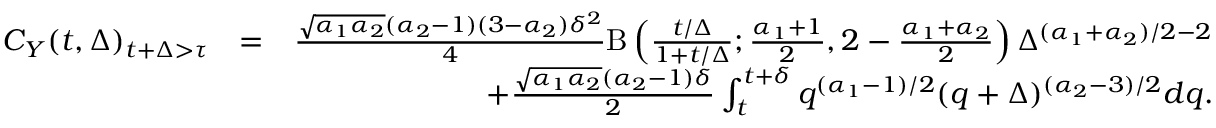
\begin{array} { r l r } { C _ { Y } ( t , \Delta ) _ { t + \Delta > \tau } } & { = } & { \frac { \sqrt { \alpha _ { 1 } \alpha _ { 2 } } ( \alpha _ { 2 } - 1 ) ( 3 - \alpha _ { 2 } ) \delta ^ { 2 } } { 4 } \mathrm { B } \left( \frac { t / \Delta } { 1 + t / \Delta } ; \frac { \alpha _ { 1 } + 1 } { 2 } , 2 - \frac { \alpha _ { 1 } + \alpha _ { 2 } } { 2 } \right) \Delta ^ { ( \alpha _ { 1 } + \alpha _ { 2 } ) / 2 - 2 } } \\ & { } & { + \frac { \sqrt { \alpha _ { 1 } \alpha _ { 2 } } ( \alpha _ { 2 } - 1 ) \delta } { 2 } \int _ { t } ^ { t + \delta } q ^ { ( \alpha _ { 1 } - 1 ) / 2 } ( q + \Delta ) ^ { ( \alpha _ { 2 } - 3 ) / 2 } d q . } \end{array}